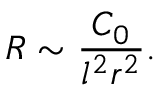
R \sim { \frac { C _ { 0 } } { l ^ { 2 } r ^ { 2 } } } .